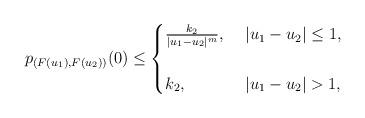
LaTeX: \begin{align*} p_{(F(u_1), F(u_2))} (0) \leq \begin{cases} \frac{k_2}{|u_1-u_2|^m} ,& \ |u_1-u_2| \leq 1, \\ & \\ k_2 ,& \ |u_1-u_2| >1, \end{cases} \end{align*}